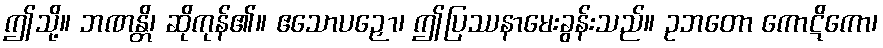
ဤသို့။ ဘဏန္တိ၊ ဆိုကုန်၏။ ဧသောပဉှော၊ ဤပြဿနာမေးခွန်းသည်။ ဥဘတော ကောဋိကော၊